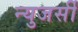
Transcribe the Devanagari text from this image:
न्युजर्सी